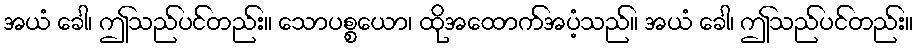
အယံ ခေါ၊ ဤသည်ပင်တည်း။ သောပစ္စယော၊ ထိုအထောက်အပံ့သည်။ အယံ ခေါ၊ ဤသည်ပင်တည်း။